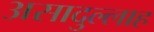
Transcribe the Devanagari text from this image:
असादुल्लाह